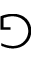
\Game